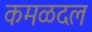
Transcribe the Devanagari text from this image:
कमळदल